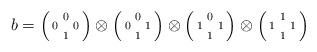
LaTeX: \begin{align*}b = \begin{psmallmatrix}& 0 & \\0 & & 0 \\& 1 &\end{psmallmatrix}\otimes\begin{psmallmatrix}& 0 & \\0 & & 1 \\& 1 &\end{psmallmatrix}\otimes\begin{psmallmatrix}& 0 & \\1 & & 1 \\& 1 &\end{psmallmatrix}\otimes\begin{psmallmatrix}& 1 & \\1 & & 1 \\& 1 &\end{psmallmatrix} \end{align*}